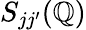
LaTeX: {S_{jj^{\prime}}}(\mathbb{Q})